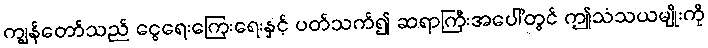
ကျွန်တော်သည် ငွေရေးကြေးရေးနှင့် ပတ်သက်၍ ဆရာကြီးအပေါ်တွင် ဤသံသယမျိုးကို